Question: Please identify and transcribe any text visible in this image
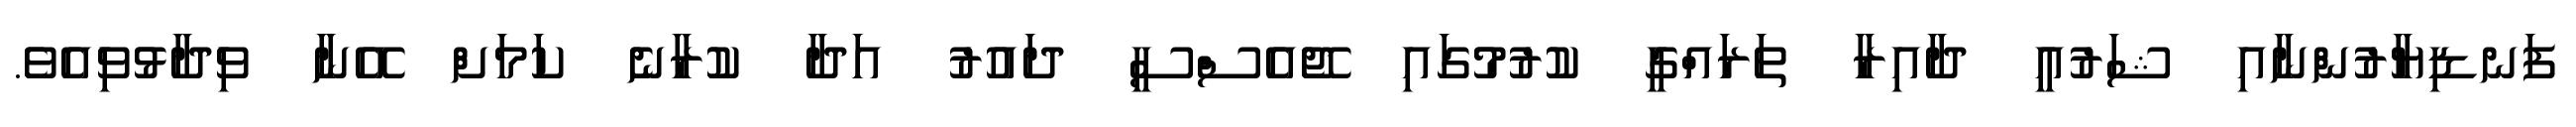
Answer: ފަނޑިޔާރުންނާއި ޝަރުއީ ދާއިރާ ތަރައްގީ ކުރުމުގައި ޖޭއެސްސީ ދައުރު އަދާ ކުރާނެ ކަމަށް އޭނާ ވިދާޅުވިއެވެ.